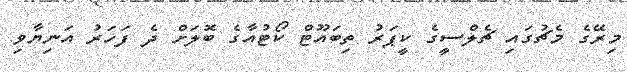
މިރޭގެ މެޗުގައި ޗެލްސީގެ ކީޕަރު ތިބައޫޓް ކޯޓުއާގެ ބޮލަށް ދެ ފަހަރު އަނިޔާވި